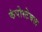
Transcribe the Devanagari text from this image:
कंपोस्टेबल